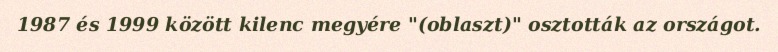
1987 és 1999 között kilenc megyére "(oblaszt)" osztották az országot.